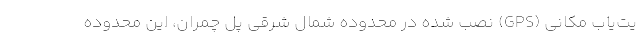
یت‌یاب مکانی (GPS) نصب شده در محدوده شمال شرقی پل چمران، این محدوده